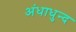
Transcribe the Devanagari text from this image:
अंधाधुन्द